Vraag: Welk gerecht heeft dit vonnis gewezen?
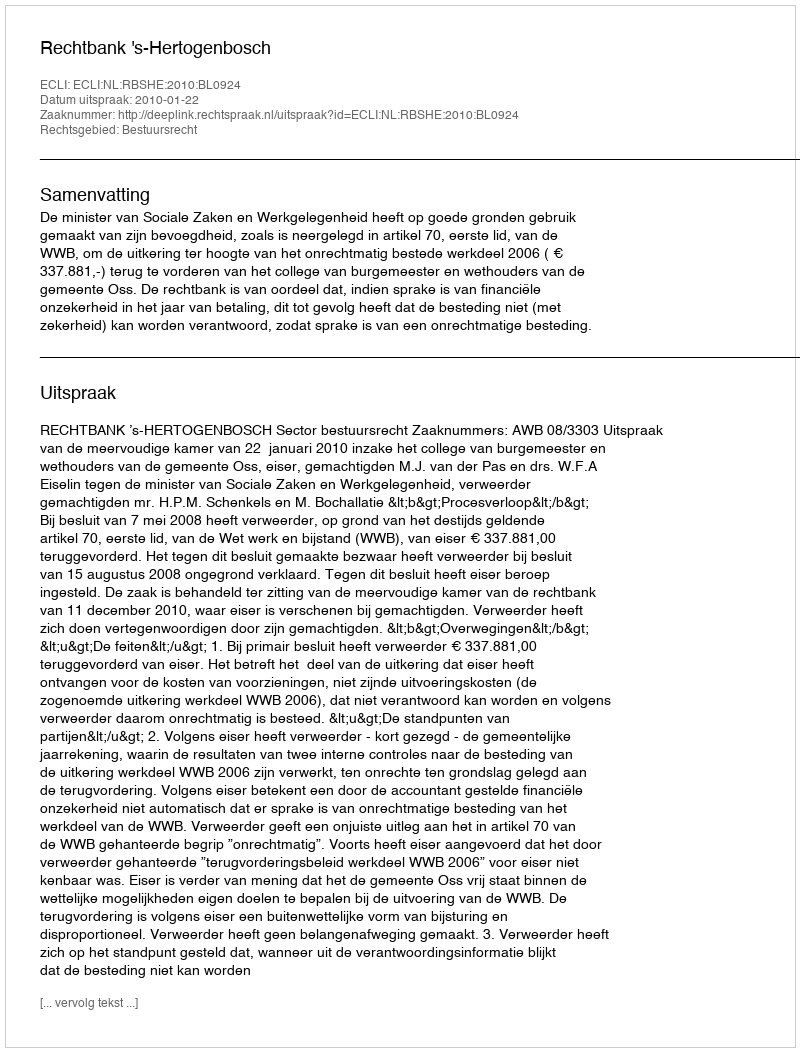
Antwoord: Rechtbank 's-Hertogenbosch